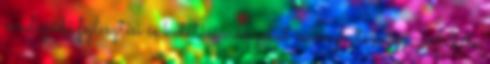
rendeződő fejlesztési és kutatási irányokat is meghatározza. A lista